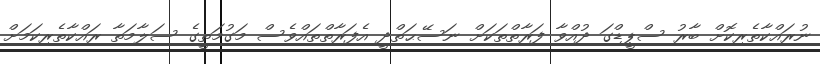
ނުރައްކާތެރިކޮށް ބާރު ސްޕީޑްގަ ދުއްވާ ފަރާތްތަކަށް ނަސޭޙަތްދީ އެފަރާތްތައްވެސް މަގުމަތީގެ ސަލާމަތާ ރައްކާތެރިކަމަށް